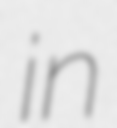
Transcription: in